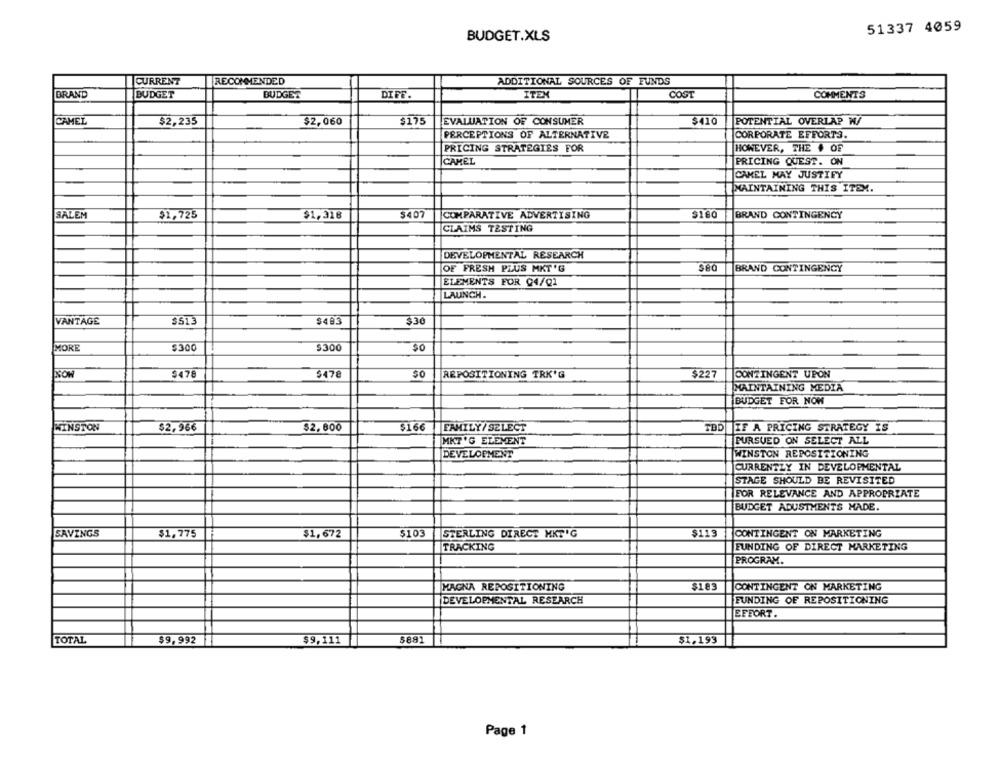
51337 4059
BUDGET.XLS
CURRENT
RECOMMENDED
ADDITIONAL SOURCES OF FUNDS
BRAND
BUDGET
BUDGET
DIFF.
ITEM
COST
COMMENTS
CAMEL
$2,235
$2,060
$175
EVALUATION OF CONSUMER
$410
POTENTIAL OVERLAP W/
PERCEPTIONS OF ALTERNATIVE
CORPORATE EFFORTS.
PRICING STRATEGIES FOR
HOWEVER, THE # OF
CAMEL
PRICING QUEST. ON
CAMEL MAY JUSTIFY
MAINTAINING THIS ITEM.
$1,318
$407
$180
SALEM
$1,725
COMPARATIVE ADVERTISING
BRAND CONTINGENCY
CLAIMS TESTING
DEVELOPMENTAL RESEARCH
OF FRESH PLUS MKT'G
BRAND CONTINGENCY
ELEMENTS FOR Q4/Q1
LAUNCH.
VANTAGE
$513
$493
330
MORE
$300
$300
$478
$47€
$0
REPOSITIONING TRK'G
$227
CONTINGENT UPON
MAINTAINING MEDIA
BUDGET FOR NOW
WINSTON
$2,966
$2.800
$16
FAMILY / SELECT
TBD
IF A PRICING STRATEGY IS
MKT'G ELEMENT
PURSUED ON SELECT ALL
DEVELOPMENT
WINSTON REPOSITIONING
CURRENTZY IN DEVELOPMENTAL
STAGE SHOULD BE REVISITED
FOR RELEVANCE AND APPROPRIATE
BUDGET ADUSTMENTS HADE.
SAVINGS
$1,775
$1,672
5103
STERLING DIRECT MKT'G
$113
CONTINGENT ON MARKETING
TRACKING
EUNDING OF DIRECT MARKETING
PROGRAM.
MAGNA REPOSITIONING
$183
CONTINGENT ON MARKETING
DEVELOPMENTAL RESEARCH
FUNDING OF REPOSITIONING
EFFORT .
TOTAL
$9,992
$9,111
5891
$1.193
Page 1